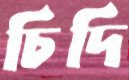
চিদি